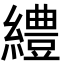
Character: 䌡